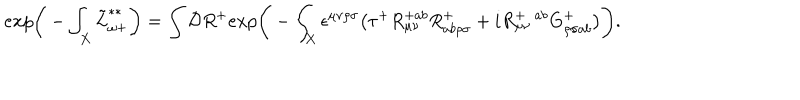
e x p \bigg ( - \int _ { X } \tilde { L } _ { \omega + } ^ { * * } \bigg ) = \int { \cal D } R ^ { + } e x p \Bigg ( - \int _ { X } \epsilon ^ { \mu \nu \rho \sigma } \big ( \tau ^ { + } R _ { \mu \nu } ^ { + a b } R _ { a b \rho \sigma } ^ { + } + i R _ { \mu \nu } ^ { + \ \ a b } G _ { \rho \sigma a b } ^ { + } \big ) \Bigg ) .